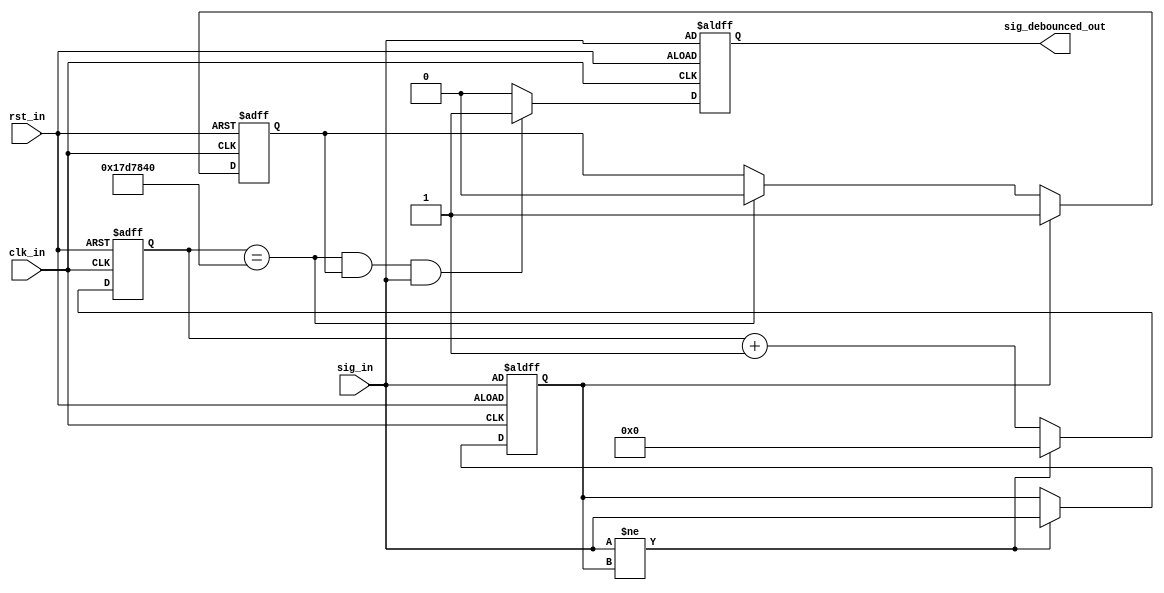
module debounce (
   input wire clk_in,
   input wire rst_in,
   input wire sig_in,
   output reg sig_debounced_out);
   
   parameter NDELAY = 25000000;
   parameter NBITS = 26;

   reg [NBITS-1:0] count0;
   reg [NBITS-1:0] count1;
   reg xnew0;
   reg xnew1;
   reg toggle0;
   reg toggle1;
   
   wire RST_in;
   wire cnt_done0;
   wire cnt_done1;
   assign RST_in = rst_in;
   //assign CLK_out = clk_in;

   ////////// Button 0 Processes //////////
   // Count 1 process
   assign cnt_done0 = (count0 == NDELAY);
   always @(posedge clk_in or posedge RST_in) begin
      if (RST_in) count0 <= 0;
      else if (sig_in != xnew0) count0 <= 0;
      else count0 <= count0 + 1;
   end

   // xnew1 process
   always @(posedge clk_in or posedge RST_in) begin
      if (RST_in) xnew0 <= sig_in;
      else if (sig_in != xnew0) xnew0 <= sig_in;
      else xnew0 <= xnew0;
   end

   // Toggle1 process
   always @(posedge clk_in or posedge RST_in) begin
      if (RST_in) toggle0 <= 0;
      else if (xnew0) toggle0 <= 1;
      else if (cnt_done0) toggle0 <= 0;
      else toggle0 <= toggle0;
   end

   // sig_debounced_out process
   always @(posedge clk_in or posedge RST_in) begin
      if (RST_in) sig_debounced_out <= sig_in;
      else if (cnt_done0 & toggle0 & sig_in) sig_debounced_out <= 1;
      else sig_debounced_out <= 0;
   end

   ////////// End Button 0 Processes //////////
   
endmodule